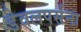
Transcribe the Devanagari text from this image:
डेवलपर्सना